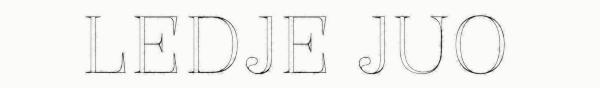
LEDJE JUO